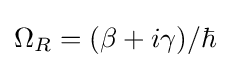
\Omega _{R}=(\beta +i\gamma )/\hbar